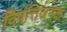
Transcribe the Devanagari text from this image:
विपत्तिजनक